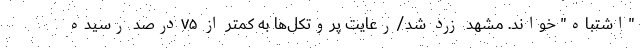
"اشتباه" خواند. مشهد زرد شد/رعایت پروتکل‌ها به کمتر از ۷۵درصد رسیده